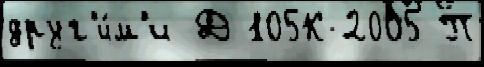
друг'и́м'и Д 105К-2005 П